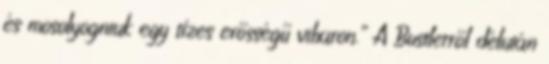
és mosolyogniuk egy tízes erősségű viharon.” A Bustlerről délután